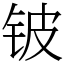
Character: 铍